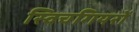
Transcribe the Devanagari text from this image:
स्विचगियरों